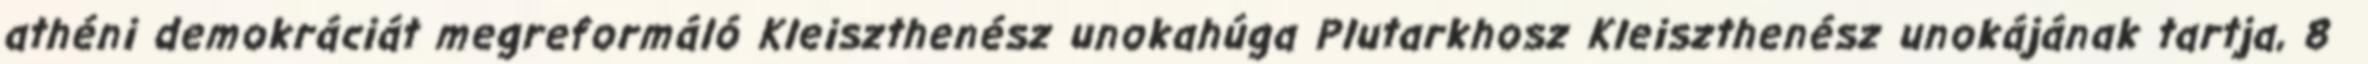
athéni demokráciát megreformáló Kleiszthenész unokahúga Plutarkhosz Kleiszthenész unokájának tartja, 8